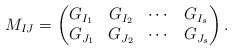
\begin{align*} M_{IJ}=\begin{pmatrix}G_{I_1} & G_{I_2} & \cdots & G_{I_s}\\ G_{J_1} & G_{J_2} & \cdots & G_{J_s}\end{pmatrix}. \end{align*}